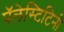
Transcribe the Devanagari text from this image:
पॅलेस्टिटिनी